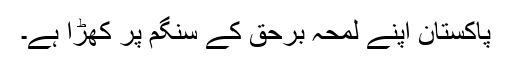
پاکستان اپنے لمحہ برحق کے سنگم پر کھڑا ہے۔